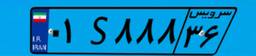
۰۱S۸۸۸۳۶